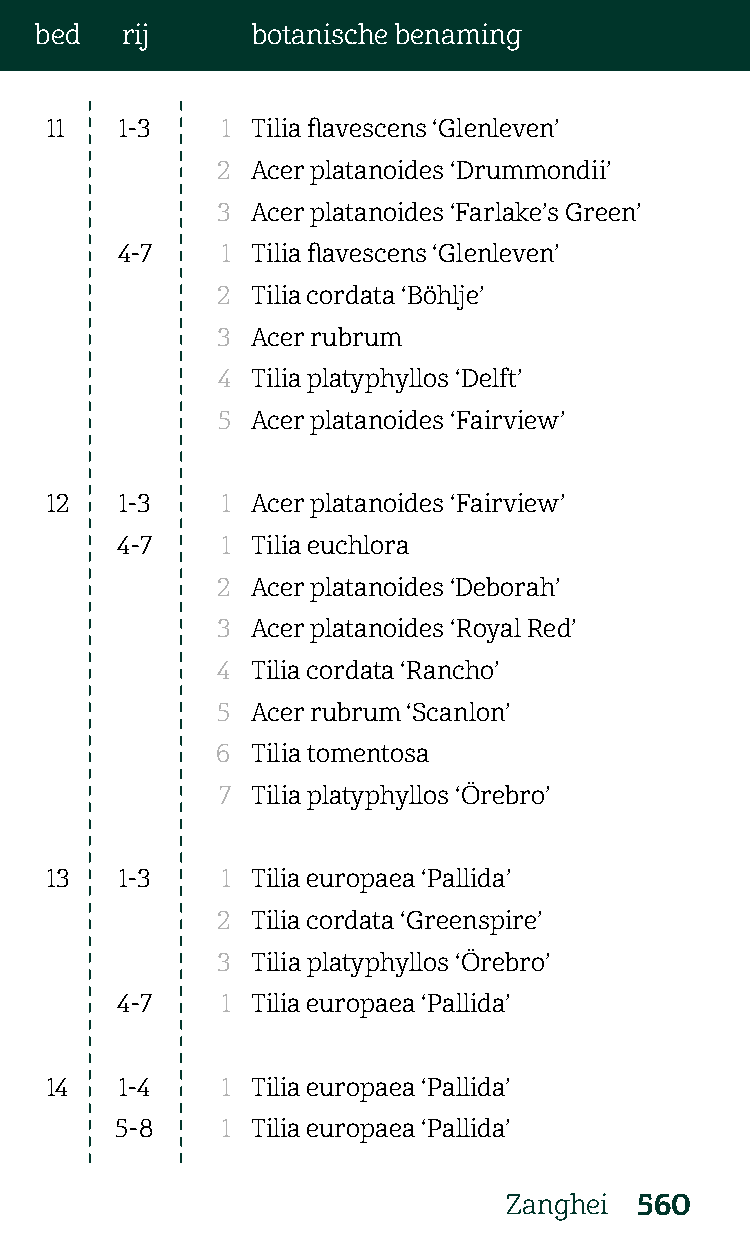
bed   rij      botanische benaming
 11   1-3    1 Tilia flavescens ‘Glenleven’
 2  Acer platanoides ‘Drummondii’
 3  Acer platanoides ‘Farlake’s Green’
 4-7    1 Tilia flavescens ‘Glenleven’
 2  Tilia cordata ‘Böhlje’
 3  Acer rubrum
 4  Tilia platyphyllos ‘Delft’
 5  Acer platanoides ‘Fairview’
 12   1-3    1 Acer platanoides ‘Fairview’
 4-7    1 Tilia euchlora
 2  Acer platanoides ‘Deborah’
 3  Acer platanoides ‘Royal Red’
 4  Tilia cordata ‘Rancho’
 5  Acer rubrum ‘Scanlon’
 6  Tilia tomentosa
 7  Tilia platyphyllos ‘Örebro’
 13   1-3    1 Tilia europaea ‘Pallida’
 2  Tilia cordata ‘Greenspire’
 3  Tilia platyphyllos ‘Örebro’
 4-7    1 Tilia europaea ‘Pallida’
 14   1-4    1 Tilia europaea ‘Pallida’
 5-8    1 Tilia europaea ‘Pallida’
 Zanghei 560